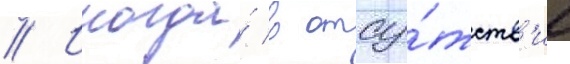
// Иногда́ в отсу́тств'ие